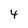
Character: 4